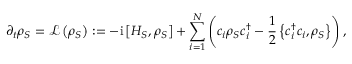
\partial _ { t } \rho _ { S } = \mathcal { L } \left( \rho _ { S } \right) : = - \mathrm { i } \left[ H _ { S } , \rho _ { S } \right] + \sum _ { i = 1 } ^ { N } \left( c _ { i } \rho _ { S } c _ { i } ^ { \dagger } - \frac { 1 } { 2 } \left\{ c _ { i } ^ { \dagger } c _ { i } , \rho _ { S } \right\} \right) ,